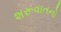
શરૂવાતનો